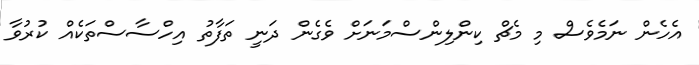
އެހެން ނަމެވެސް މި މެޗް ކިންލިންސްމަނަށް ވެގެން ދަނީ ތަފާތު އިހްސާސްތަކެއް ކުރުވާ